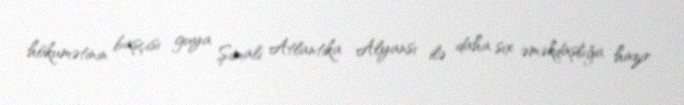
hökumətinin başçısı guya Şimali Atlantika Alyansı ilə daha sıx əməkdaşlığa hazır